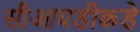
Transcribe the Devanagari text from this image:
सीआयडीकडे